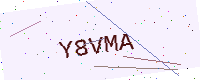
Text: Y8VMA